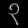
Digit: ၃